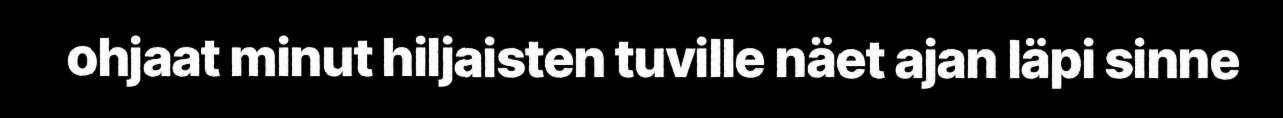
ohjaat minut hiljaisten tuville näet ajan läpi sinne